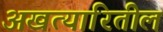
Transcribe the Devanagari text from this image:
अखत्यारितील